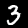
Digit: 3